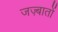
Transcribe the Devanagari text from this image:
जज़्बातों